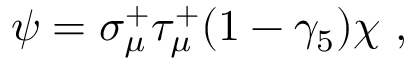
\psi = \sigma _ { \mu } ^ { + } \tau _ { \mu } ^ { + } ( 1 - \gamma _ { 5 } ) \chi ~ ,